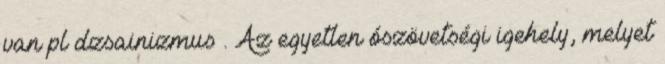
van pl dzsainizmus . Az egyetlen ószövetségi igehely, melyet